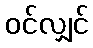
ဝင်လျှင်